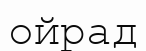
ойрад